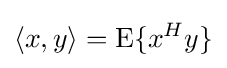
\langle x,y\rangle =\operatorname {E} \{x^{H}y\}